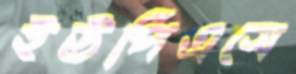
ইউপিএসে